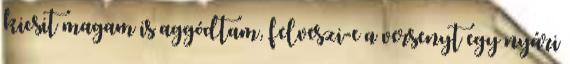
kicsit magam is aggódtam, felveszi-e a versenyt egy nyári